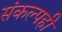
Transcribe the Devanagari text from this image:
संकल्पही